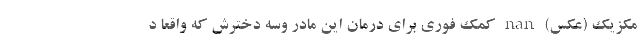
مکزیک (عکس) nan کمک فوری برای درمان این مادر وسه دخترش که واقعا د